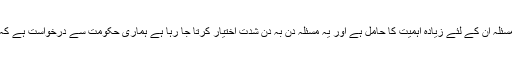
گیس کی بندش یا پریشر میں کمی کا مسئلہ ان کے لئے زیادہ اہمیت کا حامل ہے اور یہ مسئلہ دن بہ دن شدت اختیار کرتا جا رہا ہے ہماری حکومت سے درخواست ہے کہ اس مسئلے پر جلد سے جلد قابو پائیں۔